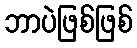
ဘာပဲဖြစ်ဖြစ်